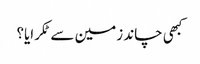
کبھی چاند زمین سے ٹکرایا؟